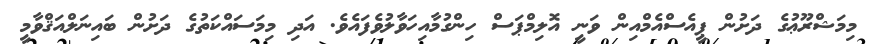
މިމަޝްރޫޢުގެ ދަށުން ޕީއެސްއެމްއިން ވަނީ އޮލިމްޕަސް ހިންގުމާއިހަވާލުވެފައެވެ. އަދި މިމަސައްކަތުގެ ދަށުން ބައިނަލްއަޤްވާމީ